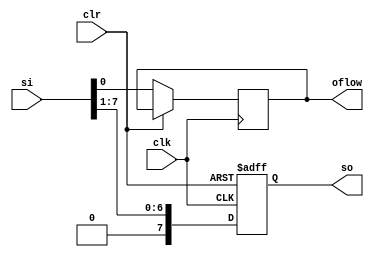
module shiftRight #(parameter MSB=8) (clk, clr, si, so, oflow);
    input clk,  clr;
    input [7:0] si;
    output [7:0] so;
    output oflow;
    
    reg bitOut;
    reg [7:0] tmp;
    always @(posedge clk or posedge clr)
    begin
        if (clr)
           tmp <= 8'b00000000;
        else
	begin
		tmp = si;
		bitOut <= tmp[0];
           	tmp <= {1'b0, tmp[7:1]};
	end
    end
    assign so = tmp;
    assign oflow = bitOut;
endmodule

module shiftLeft #(parameter MSB=8) (clk, clr, si, so, oflow);
input clk, clr;
input [7:0] si;
output [7:0] so;
output oflow;

reg bitOut;
reg [7:0] tmp;
always @(posedge clk or posedge clr)
begin
	if(clr)
		tmp <= 8'b00000000;
	else
	begin
		tmp = si;
		bitOut <= tmp[7];
		tmp <= {tmp[6:0], 1'b0};
	end
end
assign so = tmp;
assign oflow = bitOut;
endmodule

// module shifttestbench;
// reg clk;
// reg clr;
// reg data;
// reg [7:0] si;
// wire [7:0] so;
// wire oflow;
// 
// shiftRight shft(.clk(clk), .clr(clr), .si(si), .so(so), .oflow(oflow));
// initial begin
//  $dumpfile("shift.vcd");
//  $dumpvars;
//  clk = 0;
//  clr = 0;
//  si=8'b11110001;
//  #5 $display("Data in: %0b out:%0b Clock:%0b", data, so, clk);
//  clr = 1;
//  #5 $display("Data in: %0b out:%0b Clock:%0b", data, so, clk);
//  clr = 0;
//  #5 $display("Serial In: %b out:%b Clock:%0b Oflow:%0b", si, so, clk, oflow);
//  #5 $display("Serial In: %b out:%b Clock:%0b Oflow:%0b", si, so, clk, oflow);
//  #5 $display("Serial In: %b out:%b Clock:%0b Oflow:%0b", si, so, clk, oflow);
//  #5 $display("Serial In: %b out:%b Clock:%0b Oflow:%0b", si, so, clk, oflow);
//  #5 $display("Serial In: %b out:%b Clock:%0b Oflow:%0b", si, so, clk, oflow);
//  #5 $display("Serial In: %b out:%b Clock:%0b Oflow:%0b", si, so, clk, oflow);
//  #5 $display("Serial In: %b out:%b Clock:%0b Oflow:%0b", si, so, clk, oflow);
//  #5 $display("Serial In: %b out:%b Clock:%0b Oflow:%0b", si, so, clk, oflow);
//  #5 $display("Serial In: %b out:%b Clock:%0b Oflow:%0b", si, so, clk, oflow);
//  #5 $display("Serial In: %b out:%b Clock:%0b Oflow:%0b", si, so, clk, oflow);
//  #5 $display("Serial In: %b out:%b Clock:%0b Oflow:%0b", si, so, clk, oflow);
//  #5 $display("Serial In: %b out:%b Clock:%0b Oflow:%0b", si, so, clk, oflow);
//  #5 $display("Serial In: %b out:%b Clock:%0b Oflow:%0b", si, so, clk, oflow);
//  #5 $display("Serial In: %b out:%b Clock:%0b Oflow:%0b", si, so, clk, oflow);
//  #5 $display("Serial In: %b out:%b Clock:%0b Oflow:%0b", si, so, clk, oflow);
//  #5 $display("Serial In: %b out:%b Clock:%0b Oflow:%0b", si, so, clk, oflow);
//  #5 $display("Serial In: %b out:%b Clock:%0b Oflow:%0b", si, so, clk, oflow);
//  #5 $display("Serial In: %b out:%b Clock:%0b Oflow:%0b", si, so, clk, oflow);
//  #5 $display("Serial In: %b out:%b Clock:%0b Oflow:%0b", si, so, clk, oflow);
//  #5 $display("Serial In: %b out:%b Clock:%0b Oflow:%0b", si, so, clk, oflow);
//  #5 $display("Serial In: %b out:%b Clock:%0b Oflow:%0b", si, so, clk, oflow);
// 	 
//  $finish;
// 
//  end
// 
//  always #5 clk = ~clk;
//  endmodule